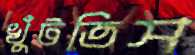
খুঁটতিস